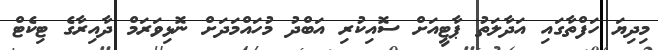
މިދިޔަ ހަފްތާގައި އަދާލަތު ޕާޓީއަށް ސޮއިކުރި އަބްދު މުހައްމަދަށް ނޮޅިވަރަމް ދާއިރާގެ ޓިކެޓް